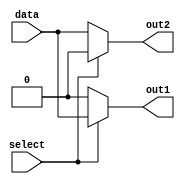
module demux(
    input wire data,
    input wire select,
    output reg out1,
    output reg out2
);

assign out1 = (select) ? data : 1'b0;
assign out2 = ~select ? data : 1'b0;

endmodule